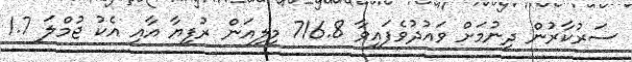
ސަރުކާރުން ދިނުމަށް ވައުދުވެފައިވާ 716.8 މިލިއަން ރުފިޔާ އާއި އެކު ޖުމްލަ 1.7